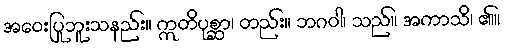
အဝေးပြုဘူးသနည်း။ ဣတိပုစ္ဆာ၊ တည်း။ ဘဂဝါ၊ သည်။ အကာသိ၊ ၏။